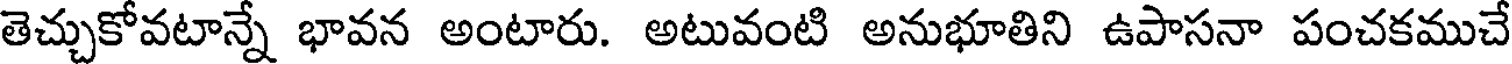
తెచ్చుకోవటాన్నే భావన అంటారు. అటువంటి అనుభూతిని ఉపాసనా పంచకముచే